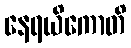
နေရယိကောတိ